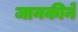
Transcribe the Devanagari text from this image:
जानकीने